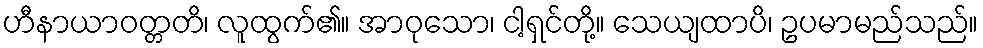
ဟီနာယာဝတ္တတိ၊ လူထွက်၏။ အာဝုသော၊ ငါ့ရှင်တို့။ သေယျထာပိ၊ ဥပမာမည်သည်။